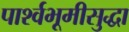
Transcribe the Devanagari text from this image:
पार्श्वभूमीसुद्धा